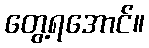
တွေ့ရအောင်။